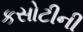
કસોટીની